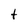
Character: t